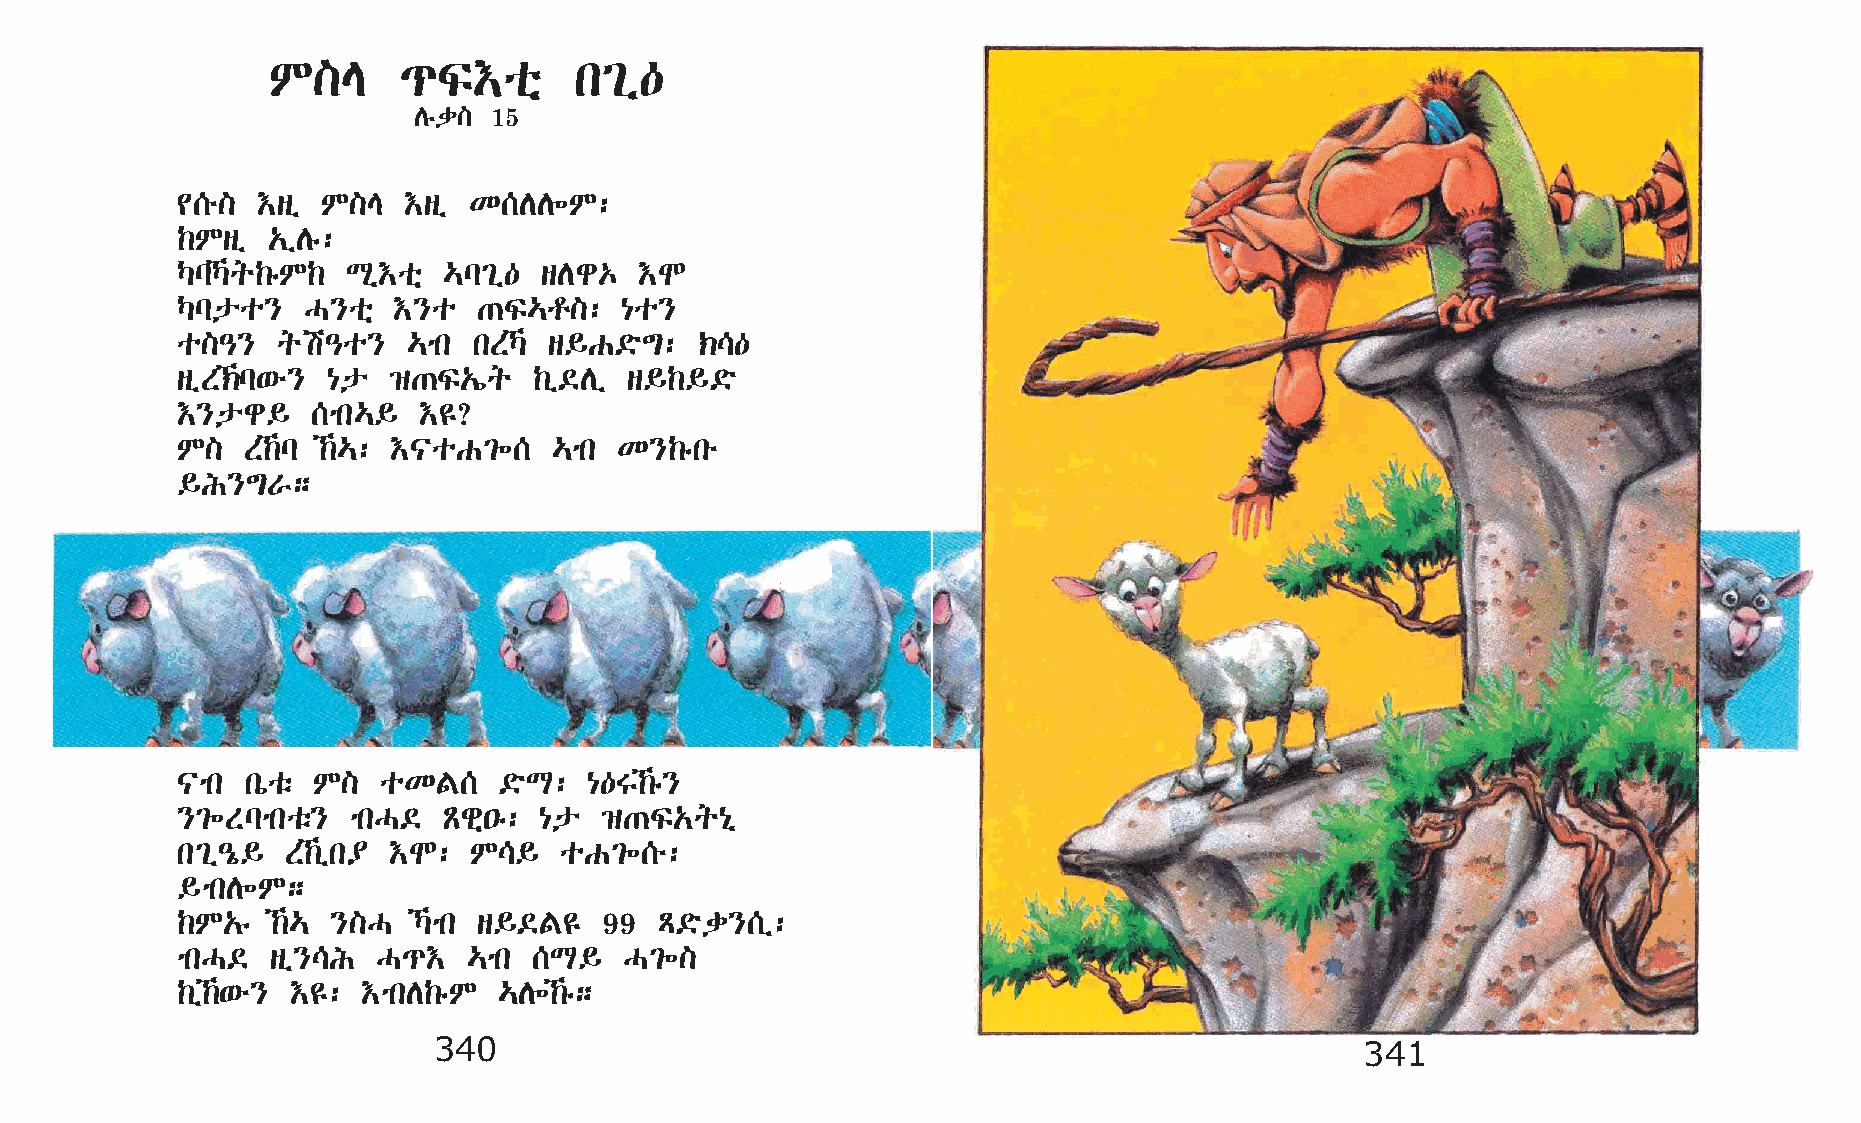
M]E     ¹Ï†oñ       k²ï—
 Dêd] 15
 ¢[é] †sï M]E   †sï K[DD÷M:
 ‰Msï  „ïDê:
 ŠlŠq‰êM‰  Lð†oñ …l²ï—  sDg‡  †N
 Šlpo}   H}oñ  †}o   ·Ï…r]:   {o}
 o]–}  qa–o}    …mk kSŠ s§G©ö´:   ‹\—
 sïS‹l‘é} {p  ›·Ï„íq   ‰ï©Dï  s§‰§©ö
 †}pg§    [mk…§  †£?
 M]  S‰l ‰…: †|oG²÷[    …mk K}‰êké
 §I}´V;
 |mk kòoë M]  oKF[    ©öL:  {—T‰ê}
 }²÷Slmkoë} mkH©  Ãgñ•ê: {p  ›·Ï„q{ð
 k²ï–ó§ S‰ïk¥ †N:  M\§   oG²÷[é:
 §mkD÷M;
 ‰M„ê  ‰… }]H  Šmk s§©F£   99  Ä©öd}[ï:
 mkH©  sï}\I  H¹†   …mk [L§   H²÷]
 ‰ï‰‘é} †£: †mkD‰êM  …D÷‰ê;
 340                                                          341